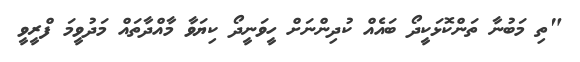
"ތި މަބުނާ ތަންކޮޅަކީދޯ ބައެއް ކުދިންނަށް ހީވަނީދޯ ކިޔަވާ މާއްދާތައް މަދުވީމަ ފްރީވީ